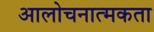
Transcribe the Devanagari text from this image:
आलोचनात्मकता